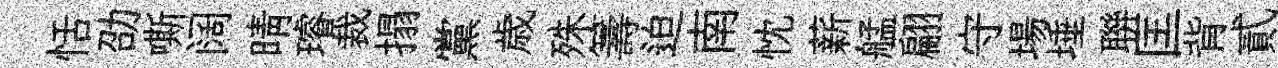
恬劭嘶阔晴璿裁搨黨歳殊籌迫南忱薪艋翩守場埵聨匡背貳